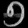
Digit: ၅